画像に写った文字を読んでください
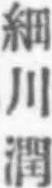
「細川潤」と書いてあります